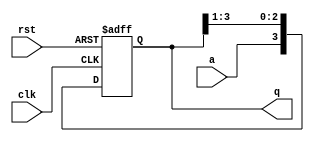
module sipo(a,clk,rst,q);
input a;
input clk,rst;
output reg [3:0]q;
always @(posedge clk,posedge rst)
begin
if(rst)
   q<=0;
else
   q <= {a,q[3:1]};
   
end
endmodule